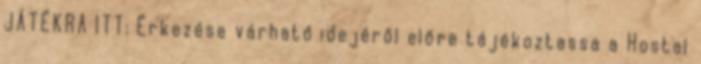
JÁTÉKRA ITT: Érkezése várható idejéről előre tájékoztassa a Hostal